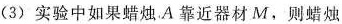
(3)实验中如果蜡烛，A靠近器材M，则蜡烛